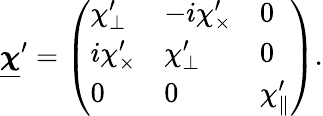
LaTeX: \underline{{\boldsymbol\chi}}^{\prime}=\left(\begin{array}{lll}{\chi_{\perp}^{\prime}}&{-i\chi_{\times}^{\prime}}&{0}\\ {i\chi_{\times}^{\prime}}&{\chi_{\perp}^{\prime}}&{0}\\ {0}&{0}&{\chi_{\parallel}^{\prime}}\end{array}\right).